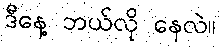
ဒီနေ့ ဘယ်လို နေလဲ။